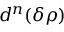
d ^ { n } ( \boldsymbol { \delta \rho } )